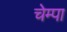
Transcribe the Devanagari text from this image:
चेम्पा